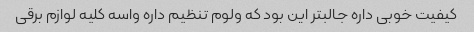
کیفیت خوبی داره جالبتر این بود که ولوم تنظیم داره واسه کلیه لوازم برقی